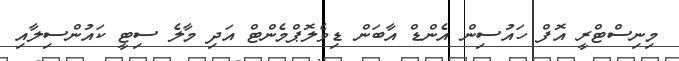
މިނިސްޓްރީ އޮފް ހައުސިން އެންޑް އާބަން ޑިވެލޮޕްމެންޓް އަދި މާލެ ސިޓީ ކައުންސިލާއި